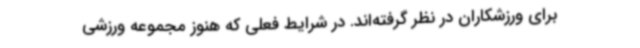
برای ورزشکاران در نظر گرفته‌اند. در شرایط فعلی که هنوز مجموعه ورزشی